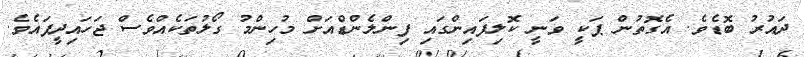
ދައުރު ބޮޑެވެ. އެގޮތުން ޕަކީ ވަނީ ކޮލިފައިންގައި ފިންލެންޑްއަށް މުހިންމު ގޯލުތަކެއްވެސް ޖަހައިދީފައެވެ.